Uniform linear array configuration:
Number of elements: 4
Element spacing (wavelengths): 0.5
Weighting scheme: cosine
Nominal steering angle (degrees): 45
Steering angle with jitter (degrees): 45.617
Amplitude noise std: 0.05
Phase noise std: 0.05

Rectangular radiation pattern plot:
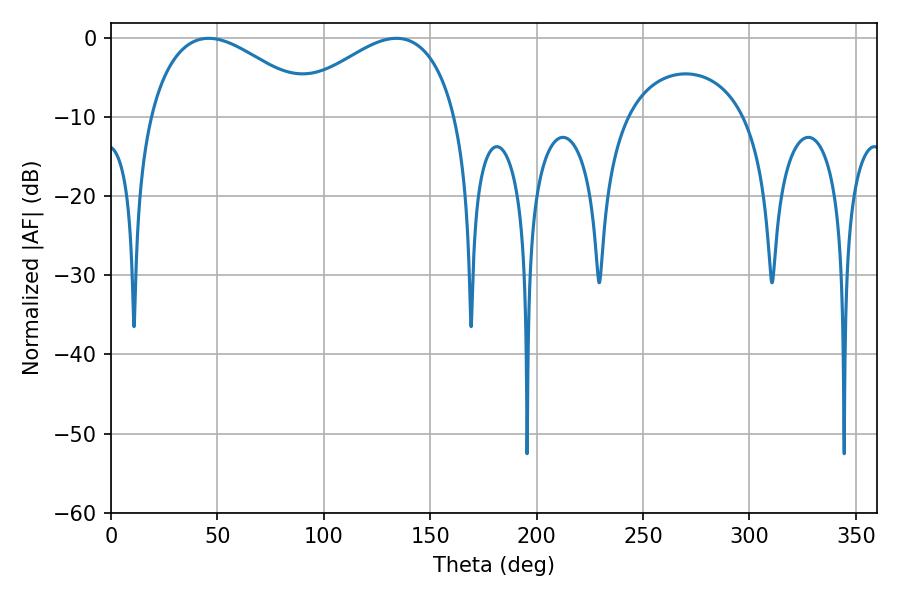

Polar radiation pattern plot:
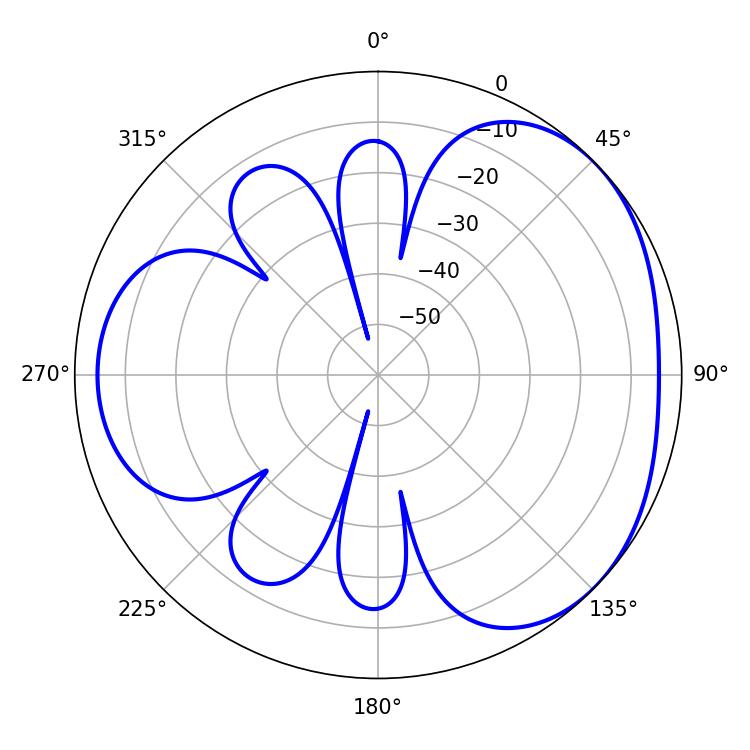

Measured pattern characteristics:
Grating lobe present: FALSE
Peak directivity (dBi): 3.356
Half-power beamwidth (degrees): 43.38
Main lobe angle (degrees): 45.9